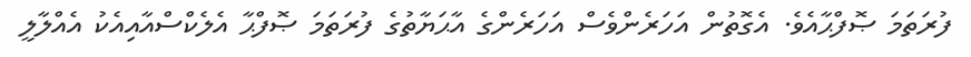
ފުރަތަމަ ޞޮފްޙާއެވެ. އެގޮތުން އަހަރެންވެސް އަހަރެންގެ އާޙަޔާތުގެ ފުރަތަމަ ޞޮފްޙާ އެލެކްސްއާއިއެކު އެއްލާލީ